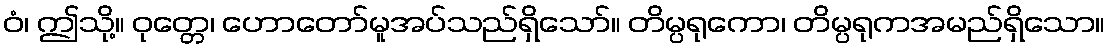
ဝံ၊ ဤသို့။ ဝုတ္တေ၊ ဟောတော်မူအပ်သည်ရှိသော်။ တိမ္ပရုကော၊ တိမ္ပရုကအမည်ရှိသော။